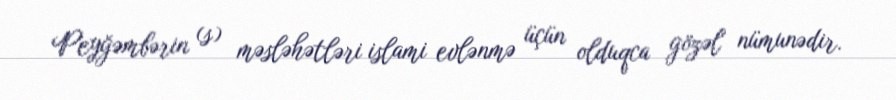
Peyğəmbərin (s) məsləhətləri islami evlənmə üçün olduqca gözəl nümunədir.